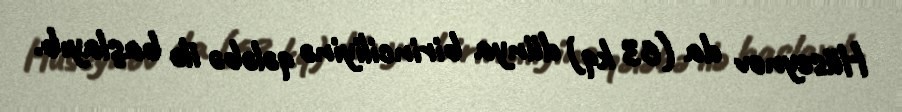
Hüseynov da (63 kq) dünya birinciliyinə qələbə ilə başlayıb.